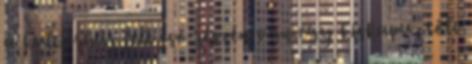
a kultúrház felé eső részén van egy kiskapu, tőle